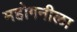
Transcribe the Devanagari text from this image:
महोगनीला